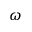
\omega